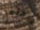
ولكنها